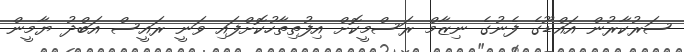
ސަރުކާރުން އައްޑޫގެ ފެނުގެ ނިޒާމް ރަސްމީކޮށް އިފުތިތާހުކޮށްފައި ވަނީ ރައީސް އަބްދު ޔާމީން